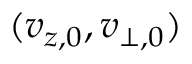
( v _ { z , 0 } , v _ { \perp , 0 } )